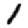
Digit: 1